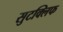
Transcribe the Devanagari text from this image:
सुटक्लिफ